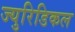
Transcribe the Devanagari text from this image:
ज्युरिडिकल